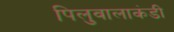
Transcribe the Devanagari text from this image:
पिलुवालाकंडी